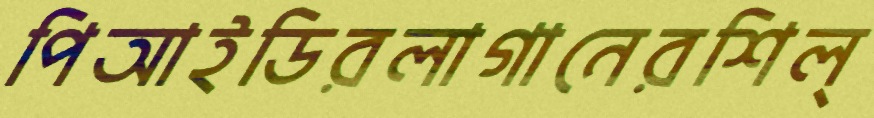
পিআইডিরলাগানেরশিল্